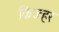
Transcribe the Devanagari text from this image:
किज्हर